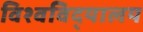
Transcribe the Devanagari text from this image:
विश्वविद्‌यालय